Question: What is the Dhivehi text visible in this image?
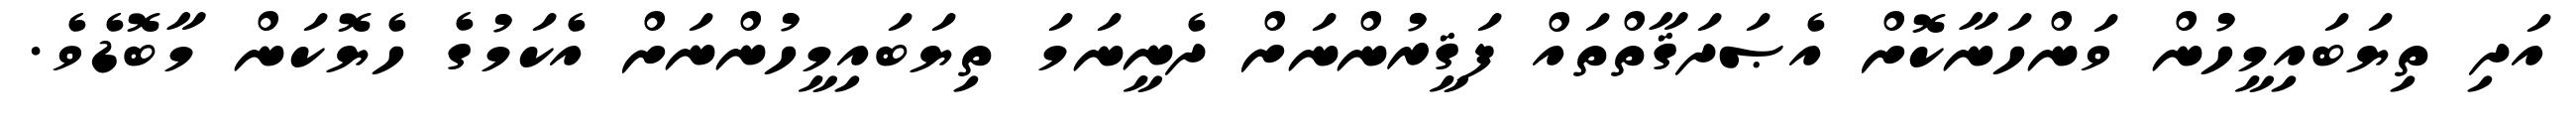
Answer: އަދި ތިޔަބައިމީހުން ވަންހަނާކޮށް އެޞަދަޤާތްތައް ފަޤީރުންނަށް ދެނީނަމަ ތިޔަބައިމީހުންނަށް އެކަމުގެ ހެޔޮކަން މާބޮޑެވެ.